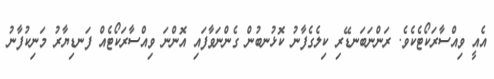
އެއީ ވިއްސާރަކޯޓެކެވެ. ރަންނަބަނޑޭރި ކިލެގެފާނު ކޮޅުނބުން ގެންނަވާފައި އޮންނަ ވިއްސާރަކޯޓެއް ފަނޑިޔާރު މަނިކުފާނު